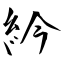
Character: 紟